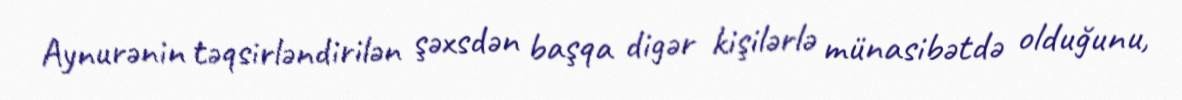
Aynurənin təqsirləndirilən şəxsdən başqa digər kişilərlə münasibətdə olduğunu,